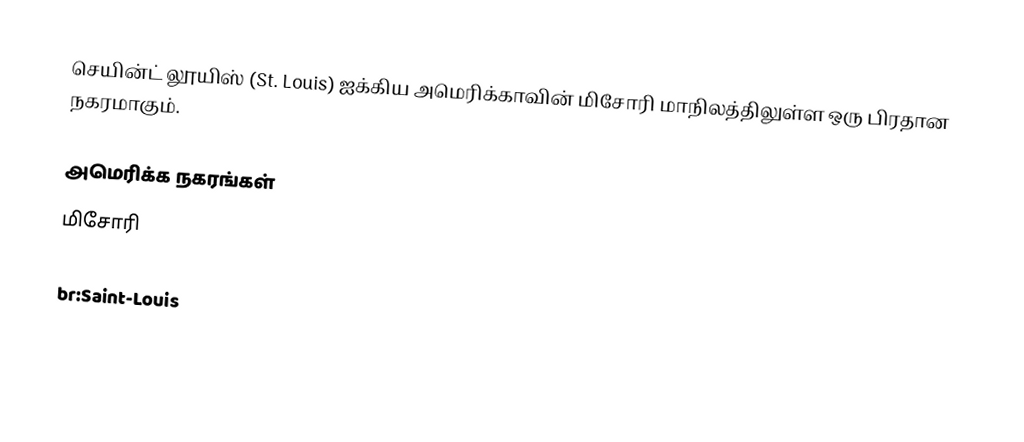
செயின்ட் லூயிஸ் (St. Louis) ஐக்கிய அமெரிக்காவின் மிசோரி மாநிலத்திலுள்ள ஒரு பிரதான நகரமாகும்.

அமெரிக்க நகரங்கள்
மிசோரி

br:Saint-Louis